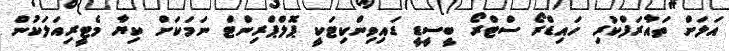
އަލަށް ތައާރަފްކުރި ހައިޑްރޯ ސްޓްރޯ ބީސީޑީ ޑައިވިންކިޓަކީ ޕޮލްޕްރިންޓް ނަމަކަށް ކިޔާ މެޓީރިއަލަކުން